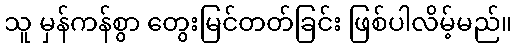
သူ မှန်ကန်စွာ တွေးမြင်တတ်ခြင်း ဖြစ်ပါလိမ့်မည်။